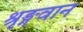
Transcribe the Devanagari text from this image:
श्रृङ्गवान